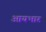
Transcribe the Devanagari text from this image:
आयभार